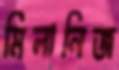
মিলানিজ